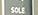
sole